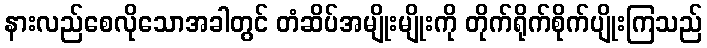
နားလည်စေလိုသောအခါတွင် တံဆိပ်အမျိုးမျိုးကို တိုက်ရိုက်စိုက်ပျိုးကြသည်